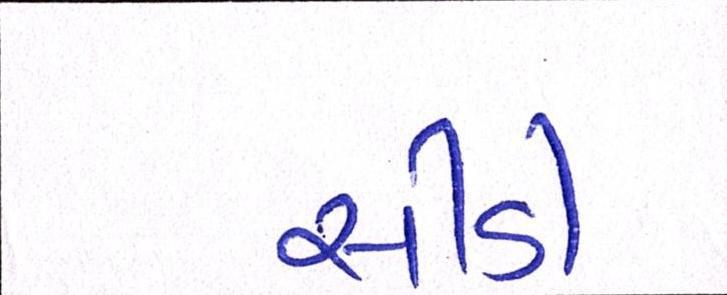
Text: સીડી